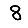
Digit: 8